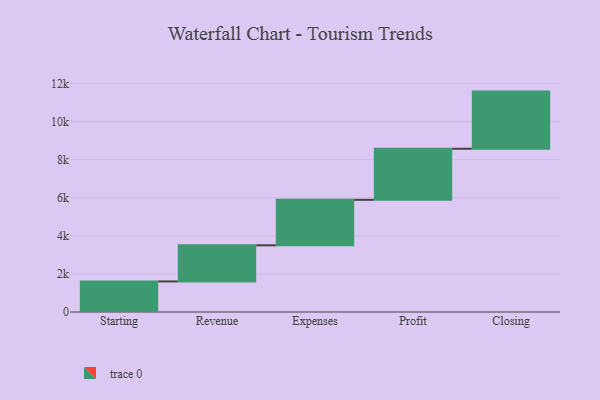
{"axis": {"x": "Step", "y": "Value"}, "legend": [""], "data": [{"x": "Starting", "y": 1604.0, "type": ""}, {"x": "Revenue", "y": 1897.0, "type": ""}, {"x": "Expenses", "y": 2388.0, "type": ""}, {"x": "Profit", "y": 2681.0, "type": ""}, {"x": "Closing", "y": 3000, "type": ""}]}